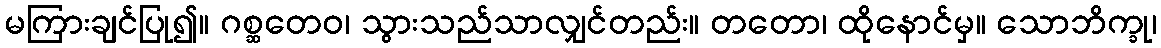
မကြားချင်ပြု၍။ ဂစ္ဆတေဝ၊ သွားသည်သာလျှင်တည်း။ တတော၊ ထိုနောင်မှ။ သောဘိက္ခု၊